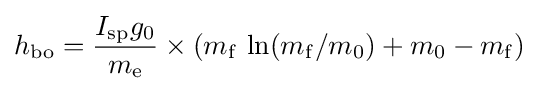
h_{\mathrm {bo} }={\frac {I_{\mathrm {sp} }g_{\mathrm {0} }}{m_{\mathrm {e} }}}\times (m_{\mathrm {f} }~\mathrm {ln} (m_{\mathrm {f} }/m_{\mathrm {0} })+m_{\mathrm {0} }-m_{\mathrm {f} })